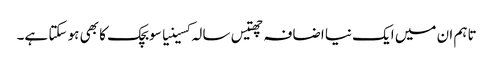
تاہم ان میں ایک نیا اضافہ چھتیس سالہ کسینیا سوبچک کا بھی ہو سکتا ہے۔